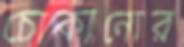
চোকানোর